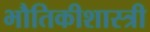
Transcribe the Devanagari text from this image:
भौतिकीशास्त्री